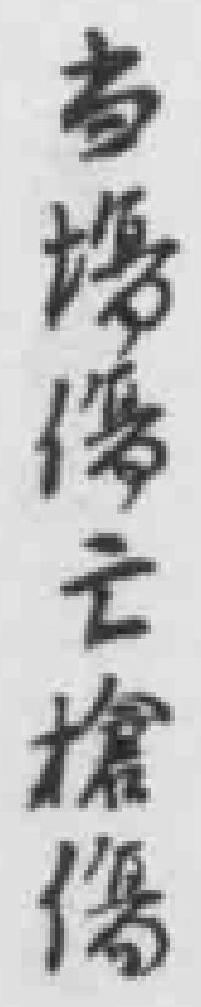
当場傷亡槍傷